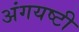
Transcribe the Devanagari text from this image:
अंगयष्टी